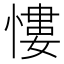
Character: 慺